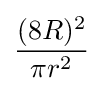
{\frac {(8R)^{2}}{\pi r^{2}}}